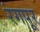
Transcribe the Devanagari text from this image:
रंगपूर